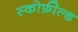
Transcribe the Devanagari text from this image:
स्कोफ़ील्ड